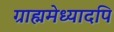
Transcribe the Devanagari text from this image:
ग्राह्ममेध्यादपि